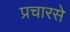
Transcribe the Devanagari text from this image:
प्रचारसे